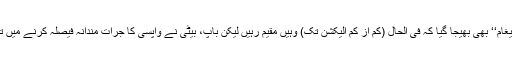
یہاں سے ”پیغام‘‘ بھی بھیجا گیا کہ فی الحال (کم از کم الیکشن تک) وہیں مقیم رہیں لیکن باپ، بیٹی نے واپسی کا جرأت مندانہ فیصلہ کرنے میں تاخیر نہ کی۔